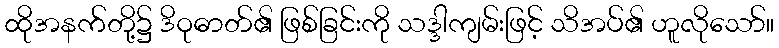
ထိုအနက်တို့၌ ဒိဝုဓာတ်၏ ဖြစ်ခြင်းကို သဒ္ဒါကျမ်းဖြင့် သိအပ်၏ ဟူလိုသော်။